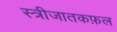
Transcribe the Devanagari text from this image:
स्त्रीजातकफ़ल